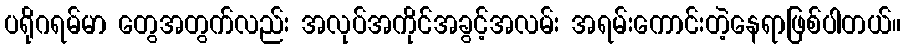
ပရိုဂရမ်မာ တွေအတွက်လည်း အလုပ်အကိုင်အခွင့်အလမ်း အရမ်းကောင်းတဲ့နေရာဖြစ်ပါတယ်။